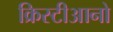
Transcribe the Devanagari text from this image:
क्रिस्टीआनो